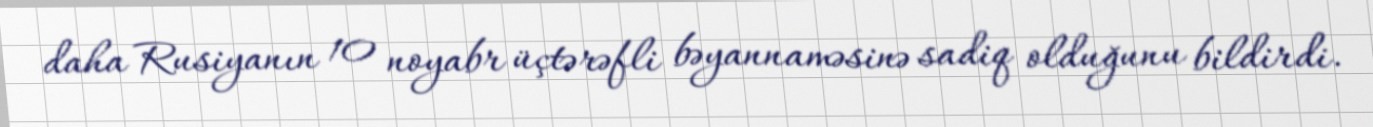
daha Rusiyanın 10 noyabr üçtərəfli bəyannaməsinə sadiq olduğunu bildirdi.